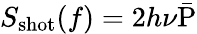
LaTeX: S_{\mathrm{shot}}(f)=2h\nu\mathrm{\bar{P}}